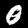
Label: 0